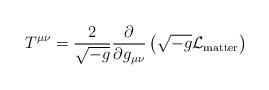
LaTeX: \begin{align*}T^{\mu\nu} = \frac{2}{\sqrt{-g}} \frac{\partial}{\partial g_{\mu\nu}} \left( \sqrt{-g} {\cal L}_{\rm matter} \right)\end{align*}